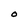
Character: O